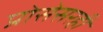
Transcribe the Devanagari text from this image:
प्रोसेसरही